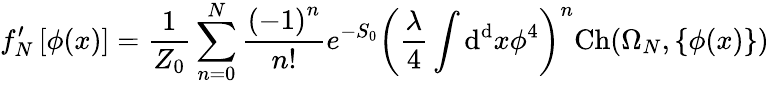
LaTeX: f_{N}^{\prime}\left[\phi(x)\right]={\frac{1}{Z_{0}}}\sum_{n=0}^{N}{\frac{\left(-1\right)^{n}}{n!}}e^{-S_{0}}\left({\frac{\lambda}{4}}\int\mathrm{d^{d}}x\phi^{4}\right)^{n}\mathrm{Ch}(\Omega_{N},\left\{ \phi(x)\right\} )